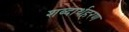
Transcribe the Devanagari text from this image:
शब्दार्थहरण